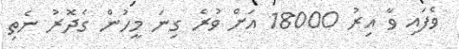
ވެފައި ވާ އިރު 18000 އަށް ވުރެ ގިނަ މީހުން ގެދޮރު ނެތި